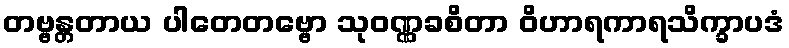
တဗ္ဗန္တတာယ ပါတေတဗ္ဗော သုဝဏ္ဏခစိတာ ဝိဟာရကာရသိက္ခာပဒံ